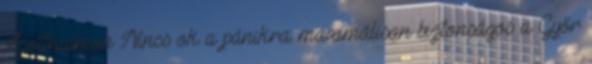
Ásotthalmon Nincs ok a pánikra: maximálisan biztonságos a Győr